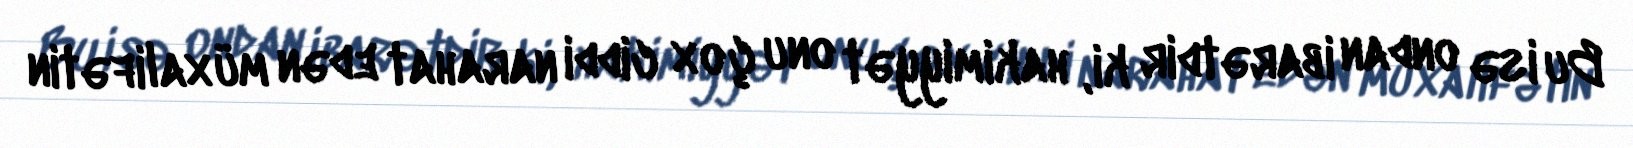
Bu isə ondan ibarətdir ki, hakimiyyət onu çox ciddi narahat edən müxalifətin